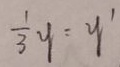
\frac { 1 } { 3 } y = y ^ { \prime }